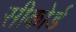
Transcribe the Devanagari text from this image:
सीकोर्ड